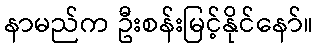
နာမည်က ဦးစန်းမြင့်နိုင်နော်။